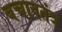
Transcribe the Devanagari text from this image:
बचावतंत्र